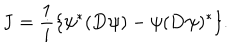
LaTeX: { \bf J } = \frac { 1 } { i } \{ \psi ^ { * } ( { \bf D } \psi ) - \psi ( { \bf D } \psi ) ^ { * } \} .